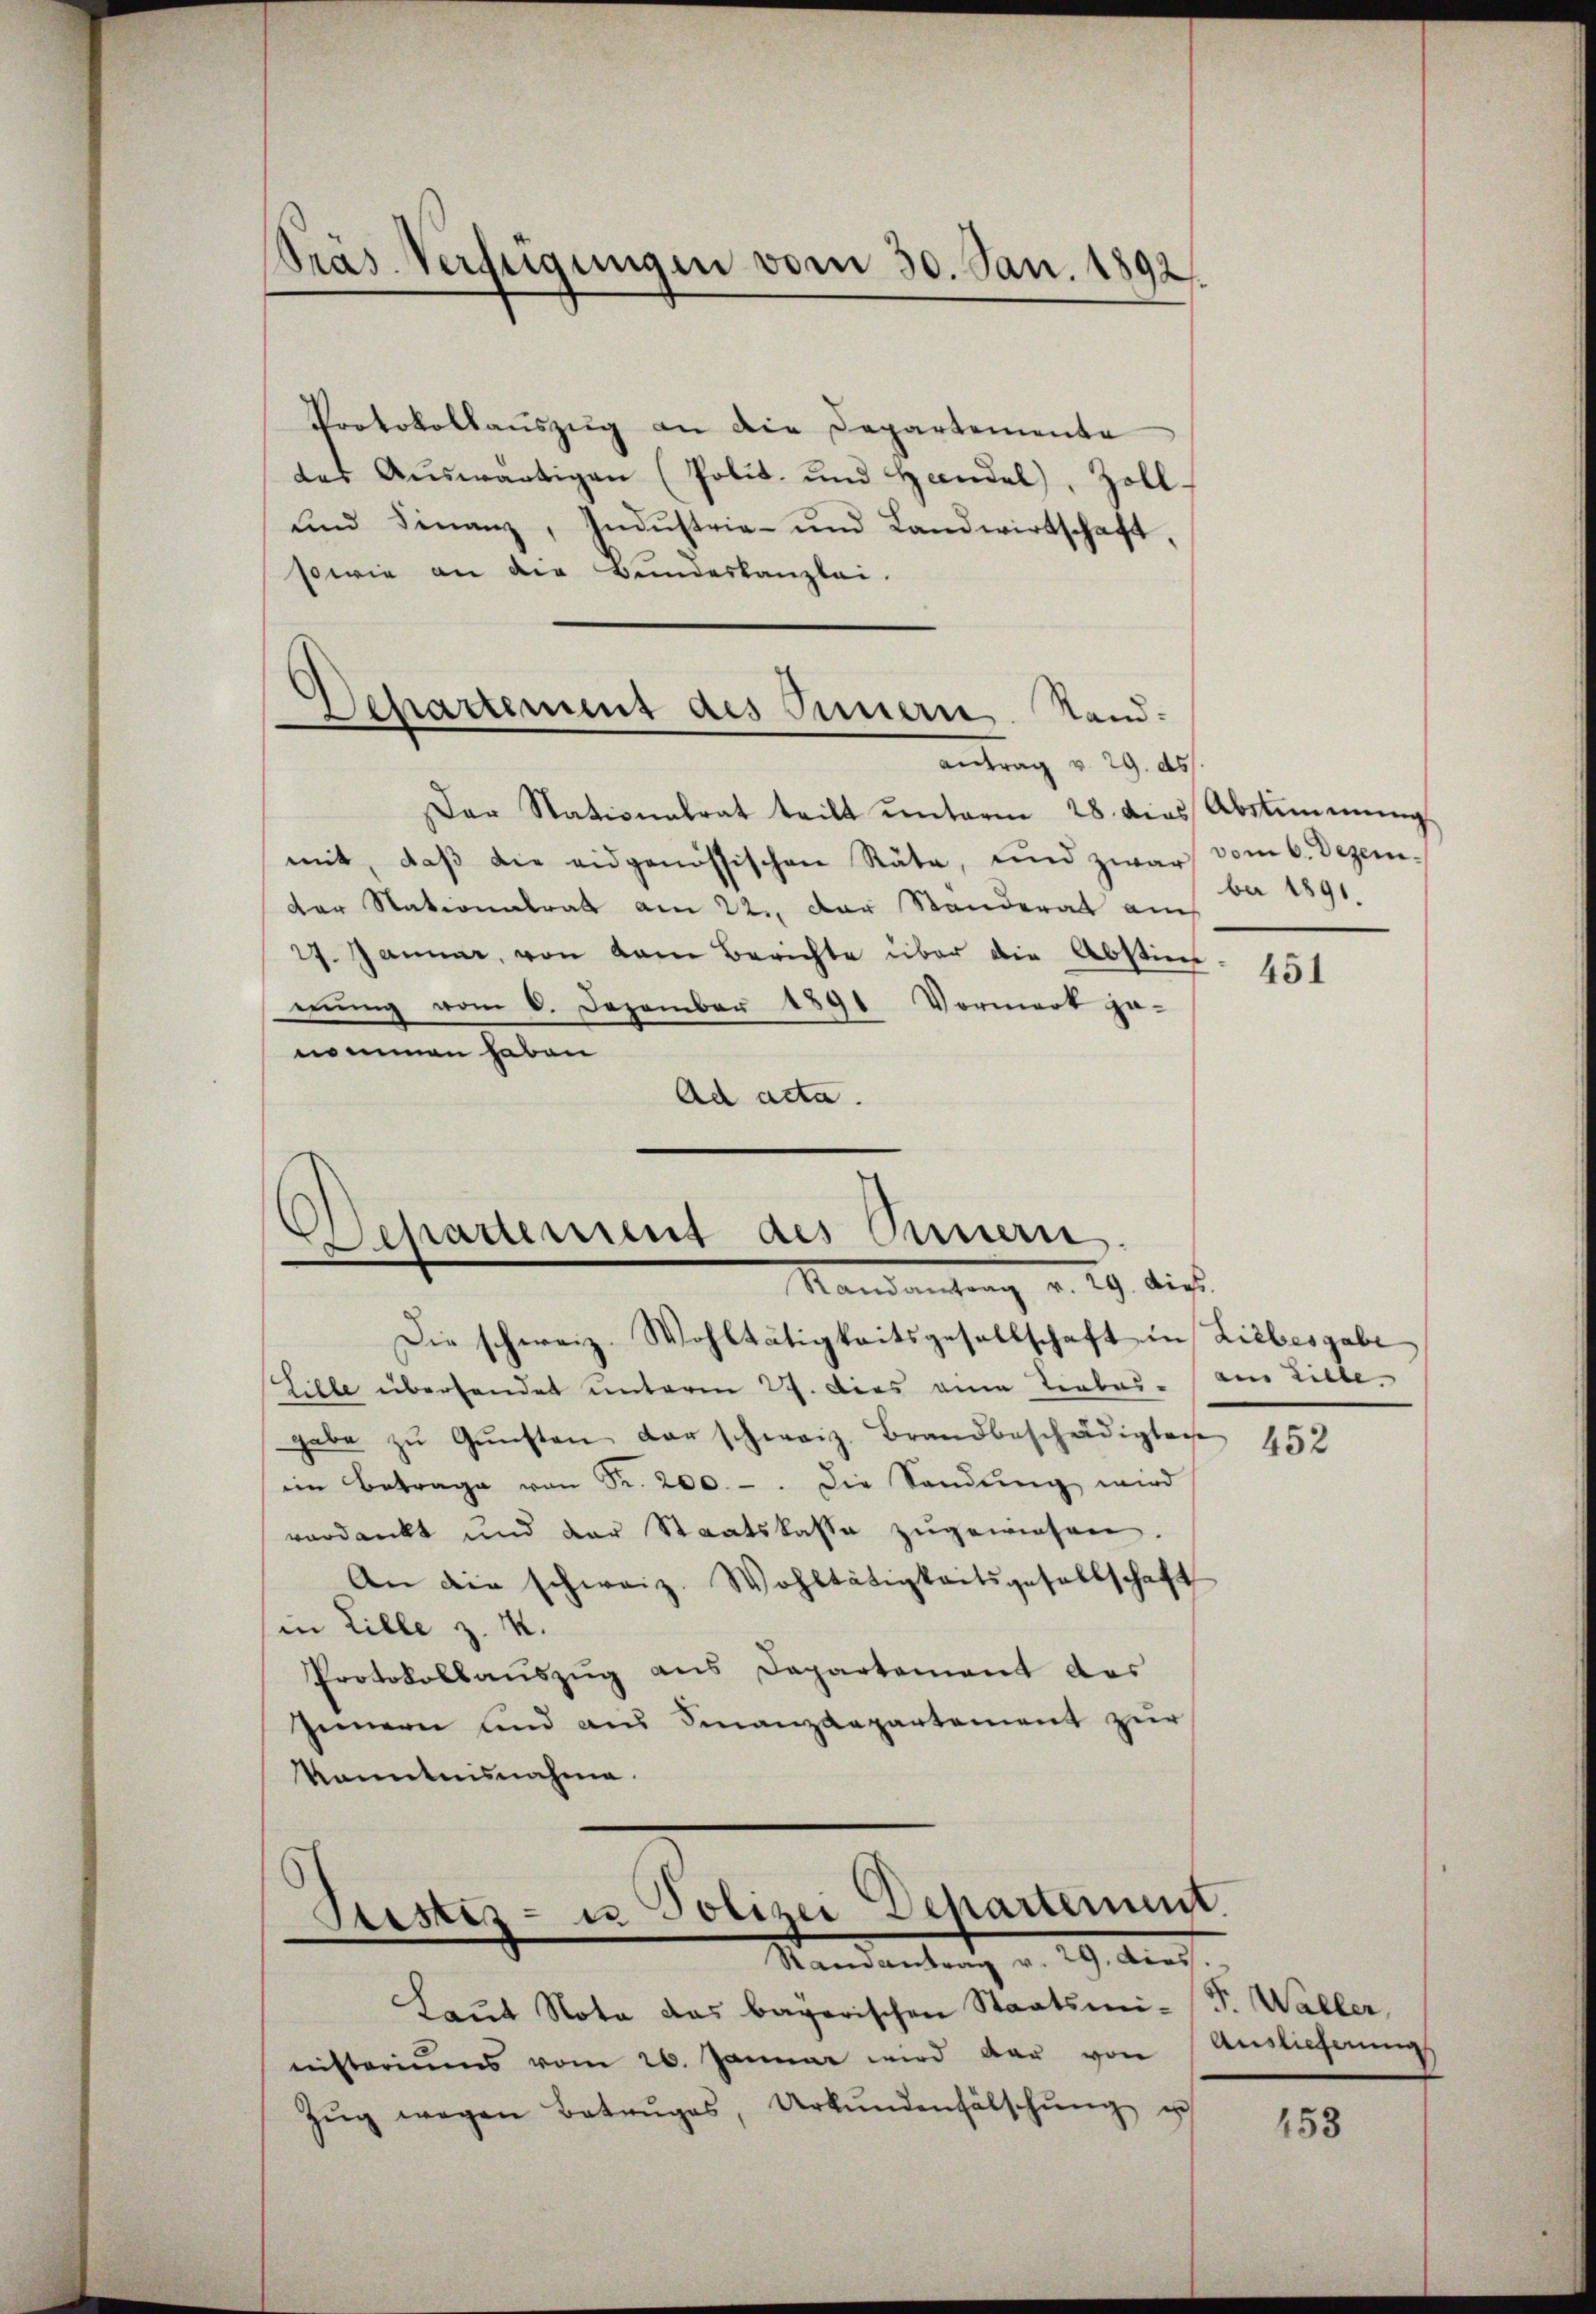
Pras Verfügungen vom 30. Jan. 1892.

Protokollaŭszŭg an die Departemente
des Aŭswärtigen (Polit. und Handel, Zoll-
und Finanz, Indŭstria- und Landwirtschaft,
sowie an die Bundeskanzlei.

Departement des Innern, Standantrag v. 29. ds

Der Stationalrat teilt ŭnterm 28. dies Abstimmung
mit, daβ die eidgenössischen Räte, und zwar vom 6. Dezem
der Nationalrat am 22. Der Standerat am
27. Januar, von dem Berichte über die Abstim
mung vom 6. Dezember 1891 Vormerk ge-
nommen haben
Ad acta.
Die schweiz. Wohltätigkeitsgesellschaft in Liebesgabe
Ziele überhandet unterm 27. Dies eine Liebesgabe zŭ Gŭnsten der schweiz. Brandbeschädigten
im Betrage von Fr. 200.-. Die Sandŭng wird
verdankt und der Staatskasse zŭgewiesen.
An die schweiz. Wohltätigkeitsgesellschaft
in Lille z. K.
Protokollaŭszŭg ans Departement des
Innern und aus Finanzdepartement zur
kanntnisnahme.

Departement des Innern.
Mandantung v. 29. dies

Pristis- u Polizei Dechartement.
Mandanten v. 29. Auch

Laŭt Nota das bayerischen Staatsmi-P. Waller,
nisteriums vom 26. Januar wird der von Auslieferung
Zŭg wegen Betruges, Urkŭndenfälschŭng u

ber 1891.

451

aus Wille. |

452

153